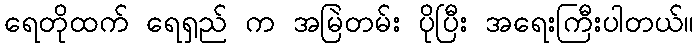
ရေတိုထက် ရေရှည် က အမြဲတမ်း ပိုပြီး အရေးကြီးပါတယ်။